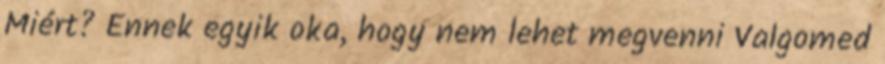
Miért? Ennek egyik oka, hogy nem lehet megvenni Valgomed